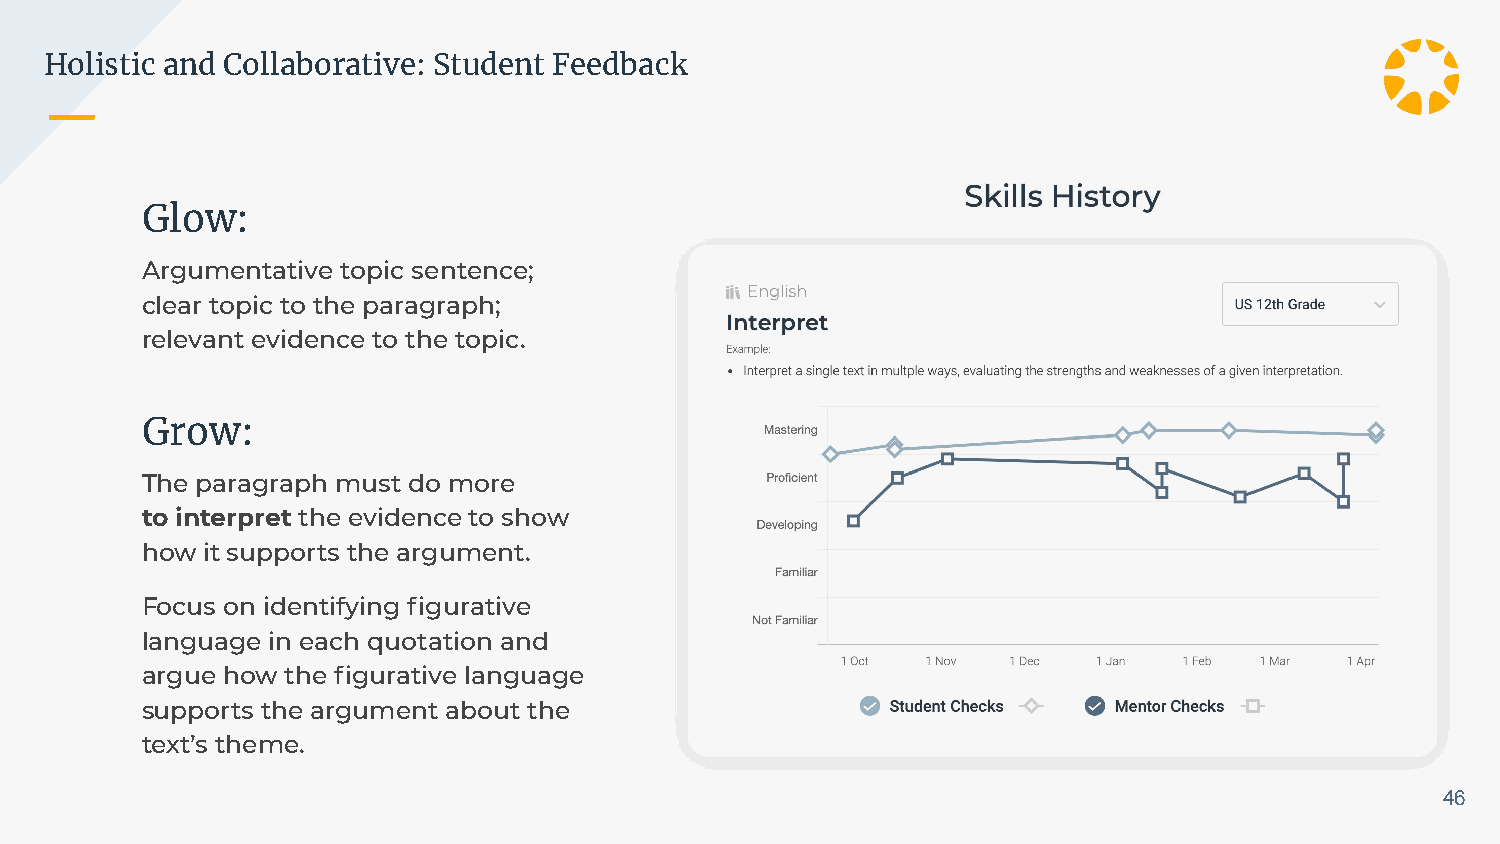
Holistic and Collaborative: Student Feedback
 Glow:
 Argumentative topic sentence;
 clear topic to the paragraph;
 relevant evidence to the topic.
 Grow:
 The paragraph must do more
 to interpret the evidence to show
 how it supports the argument.
 Focus on identifying figurative
 language in each quotation and
 argue how the figurative language
 supports the argument about the
 text’s theme.
 46